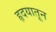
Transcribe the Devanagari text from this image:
हृदयातून